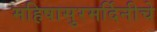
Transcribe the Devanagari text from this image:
महिषासुरमर्दिनीचे